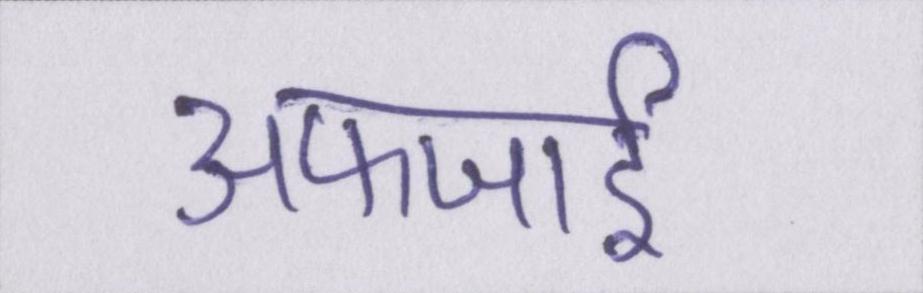
अफजाई